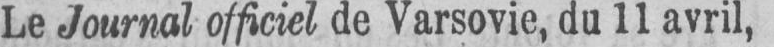
Le Journal officiel de Varsovie, du 11 avril,